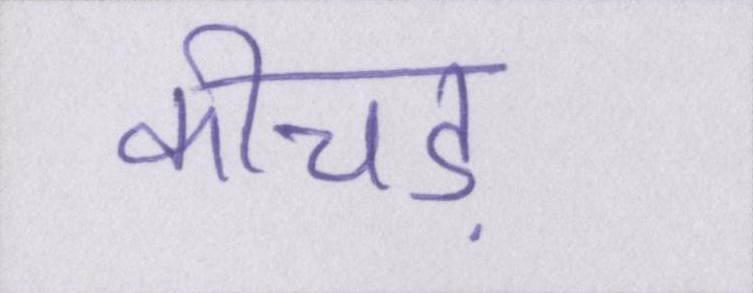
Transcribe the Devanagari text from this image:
कीचड़